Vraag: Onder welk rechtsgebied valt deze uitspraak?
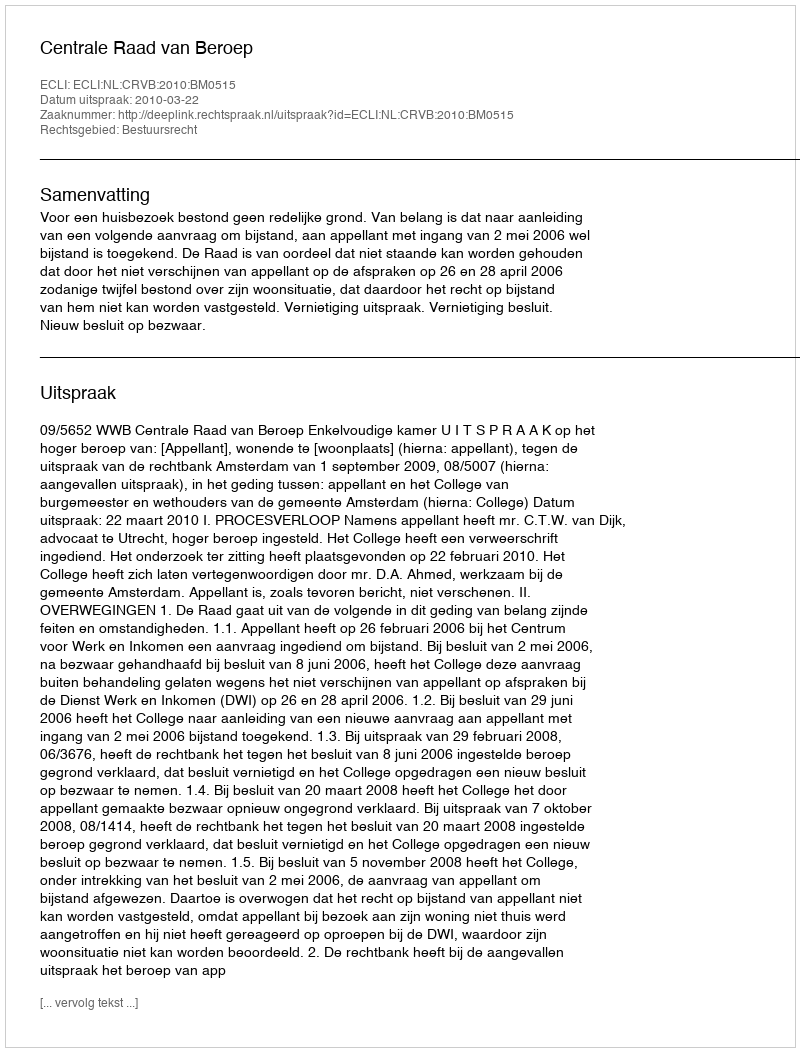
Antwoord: Bestuursrecht